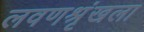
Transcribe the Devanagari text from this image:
लवणश्रृंखला